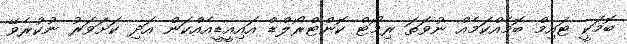
ބޮމަކީ ޓައިމް ބޮމެއްކަމެއް ނުވަތަ ރިމޯޓް ކޮންޓްރޯލްޑް އައިއީޑީއެއްކަން އަދި ކަށަވަރު ނުކުރެވޭ